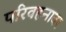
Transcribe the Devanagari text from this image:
परिवहनावर